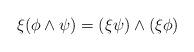
LaTeX: \begin{align*}\xi (\phi \wedge \psi) = (\xi \psi) \wedge (\xi\phi)\end{align*}